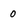
Character: 0